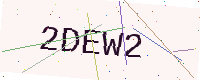
Text: 2DEW2